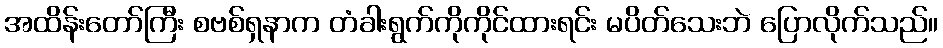
အထိန်းတော်ကြီး စဗစ်ရှနာက တံခါးရွက်ကိုကိုင်ထားရင်း မပိတ်သေးဘဲ ပြောလိုက်သည်။